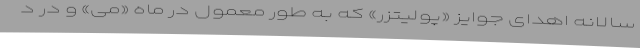
سالانه اهدای جوایز «پولیتزر»‌ که به طور معمول در ماه «می»‌ و در د